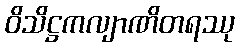
ဝိသိဋ္ဌကလျာဏိတရဿု